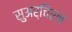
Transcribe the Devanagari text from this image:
सुअर्चिरन